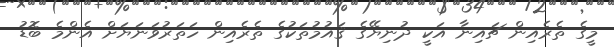
މީގެ ތެރެއިން ޗައިނާ އަކީ ދުނިޔޭގެ ޤައުމުތަކުގެ ތެރެއިން ހަތަރުވަނަޔަށް އެންމެ ބޮޑު